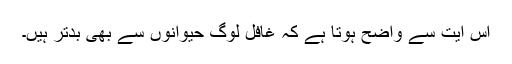
اس آیت سے واضح ہوتا ہے کہ غافل لوگ حیوانوں سے بھی بدتر ہیں۔